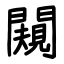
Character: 闚